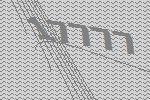
17777